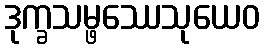
ဒုက္ခသမ္ဖဿေသုယေဝ